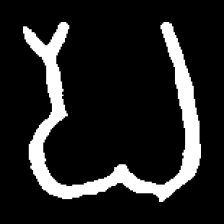
Pyu character \u2014 Myanmar letter: ပ (romanized: pa)